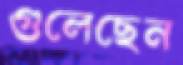
গুলেছেন